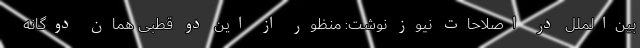
بین‌الملل در اصلاحات نیوز نوشت: منظور از این دو قطبی همان دوگانه